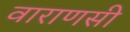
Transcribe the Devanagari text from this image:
वाराणसी